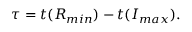
\tau = t ( R _ { m i n } ) - t ( I _ { m a x } ) .